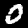
Digit: 0